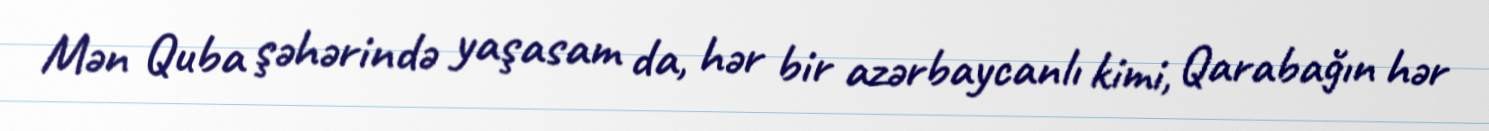
Mən Quba şəhərində yaşasam da, hər bir azərbaycanlı kimi, Qarabağın hər